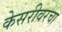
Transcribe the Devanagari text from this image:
केसरीवरचा